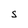
Character: S